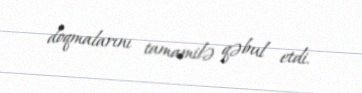
doqmalarını tamamilə qəbul etdi.